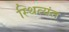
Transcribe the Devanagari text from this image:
स्थित्यंत